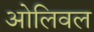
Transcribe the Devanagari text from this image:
ओलिवल